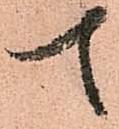
て